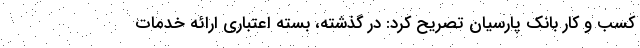
کسب و کار بانک پارسیان تصریح کرد: در گذشته، بسته اعتباری ارائه خدمات